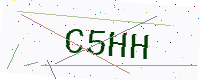
Text: C5HH